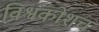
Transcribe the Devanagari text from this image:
विश्वकोशच